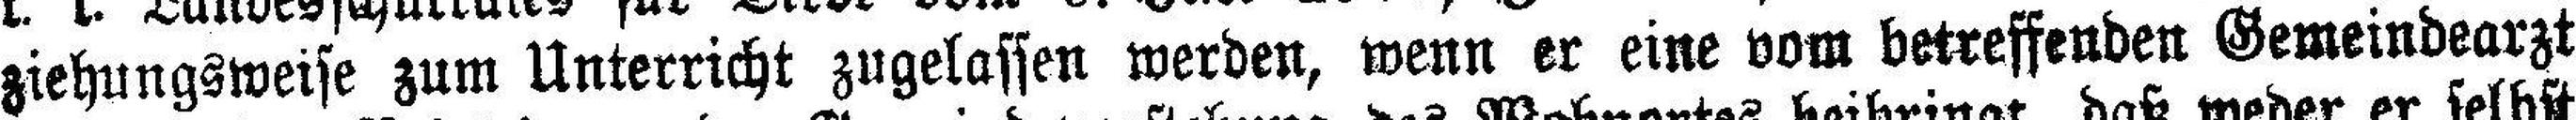
ziehungsweise zum Unterricht zugelassen werden, wenn er eine vom betreffenden Gemeindearzt